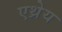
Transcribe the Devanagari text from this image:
एथ्रेय